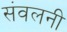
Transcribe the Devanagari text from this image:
संवलनी